Scientific memoirs by medical officers of the Army of India - Part IX,
Year: 1895
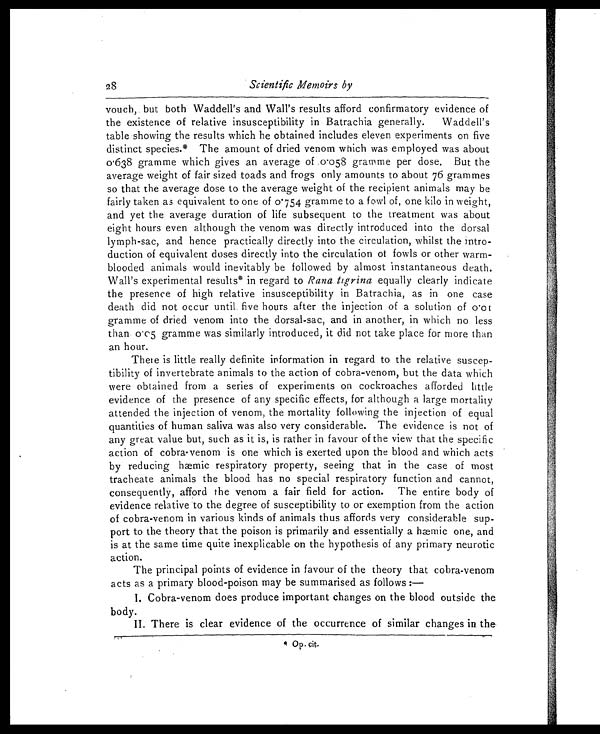
28
Scientific Memoirs by
vouch, but both Waddell's and Wall's results afford confirmatory evidence of
the existence of relative insusceptibility in Batrachia generally. Waddell's
table showing the results which he obtained includes eleven experiments on five
distinct species.* The amount of dried venom which was employed was about
0.638 gramme which gives an average of .0.058 gramme per dose. But the
average weight of fair sized toads and frogs only amounts to about 76 grammes
so that the average dose to the average weight of the recipient animals may be
fairly taken as equivalent to one of 0.754 gramme to a fowl of, one kilo in weight,
and yet the average duration of life subsequent to the treatment was about
eight hours even although the venom was directly introduced into the dorsal
lymph-sac, and hence practically directly into the circulation, whilst the intro-
duction of equivalent doses directly into the circulation of fowls or other warm-
blooded animals would inevitably be followed by almost instantaneous death.
Wall's experimental results* in regard to Rana tigrina equally clearly indicate
the presence of high relative insusceptibility in Batrachia, as in one case
death did not occur until, five hours after the injection of a solution of 0.01
gramme of dried venom into the dorsal-sac, and in another, in which no less
than 0.05 gramme was similarly introduced, it did not take place for more than
an hour.
There is little really definite information in regard to the relative suscep-
tibility of invertebrate animals to the action of cobra-venom, but the data which
were obtained from a series of experiments on cockroaches afforded little
evidence of the presence of any specific effects, for although a large mortality
attended the injection of venom, the mortality following the injection of equal
quantities of human saliva was also very considerable. The evidence is not of
any great value but, such as it is, is rather in favour of the view that the specific
action of cobra-venom is one which is exerted upon the blood and which acts
by reducing hæmic respiratory property, seeing that in the case of most
tracheate animals the blood has no special respiratory function and cannot,
consequently, afford the venom a fair field for action. The entire body of
evidence relative to the degree of susceptibility to or exemption from the action
of cobra-venom in various kinds of animals thus affords very considerable sup-
port to the theory that the poison is primarily and essentially a hæmic one, and
is at the same time quite inexplicable on the hypothesis of any primary neurotic
action.
The principal points of evidence in favour of the theory that cobra-venom
acts as a primary blood-poison may be summarised as follows :
—
l. Cobra-venom does produce important changes on the blood outside the
body.
II. There is clear evidence of the occurrence of similar changes in the
*Op. cit.
' Op. cit.